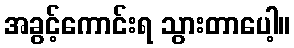
အခွင့်ကောင်းရ သွားတာပေါ့။